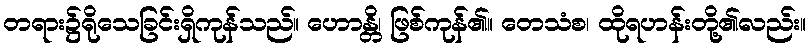
တရား၌ရိုသေခြင်းရှိကုန်သည်။ ဟောန္တိ၊ ဖြစ်ကုန်၏။ တေသံစ၊ ထိုရဟန်းတို့၏လည်း။